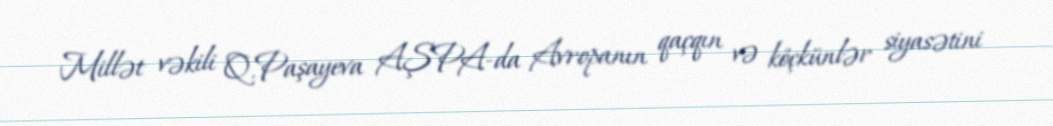
Millət vəkili Q.Paşayeva AŞPA-da Avropanın qaçqın və köçkünlər siyasətini